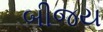
બીજય